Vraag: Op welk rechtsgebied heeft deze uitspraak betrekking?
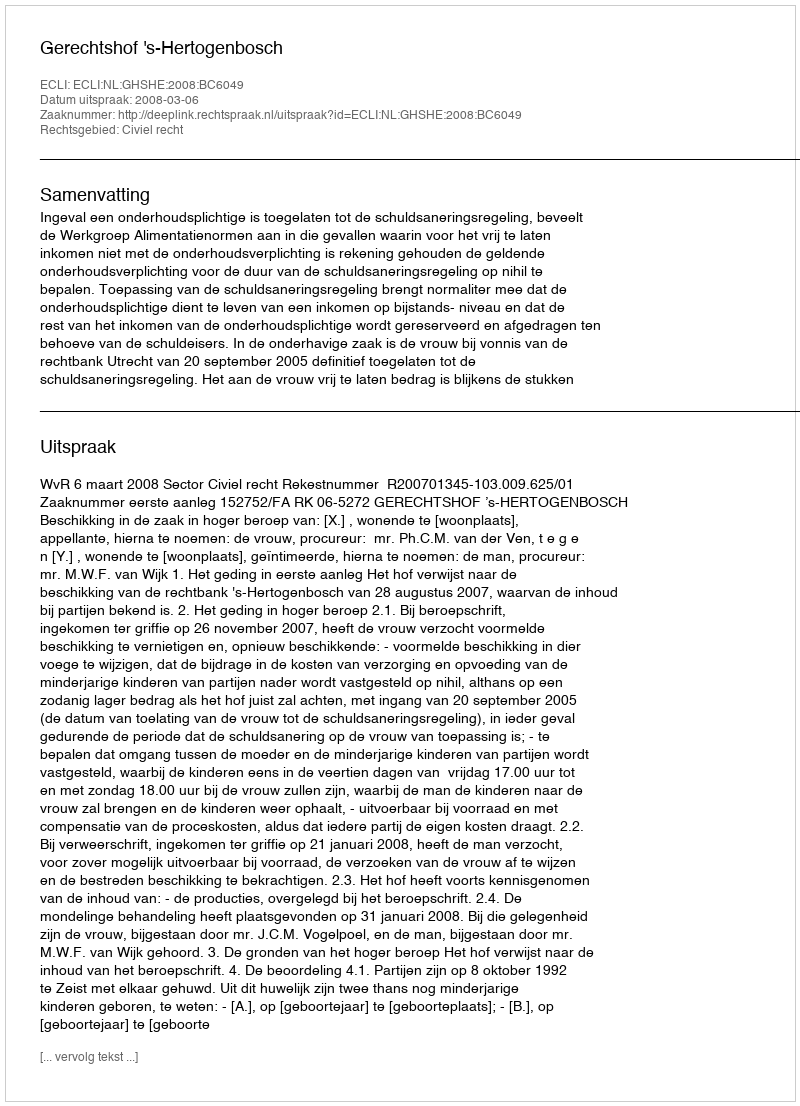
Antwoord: Civiel recht